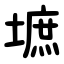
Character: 墌